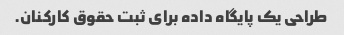
طراحی یک پایگاه داده برای ثبت حقوق کارکنان.